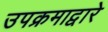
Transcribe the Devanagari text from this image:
उपक्रमाद्वारे